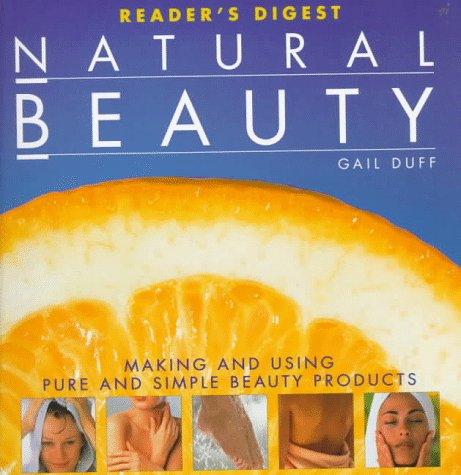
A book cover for Natural beauty; Gail Duff; Health, Fitness & Dieting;